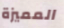
المميزة